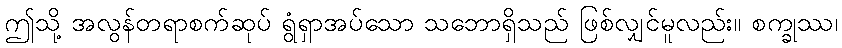
ဤသို့ အလွန်တရာစက်ဆုပ် ရွံရှာအပ်သော သဘောရှိသည် ဖြစ်လျှင်မူလည်း။ စက္ခုဿ၊